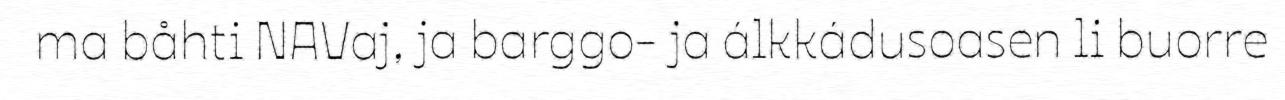
ma båhti NAVaj, ja barggo- ja álkkádusoasen li buorre